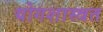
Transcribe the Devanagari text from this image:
योगशास्त्रत